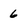
Character: 6